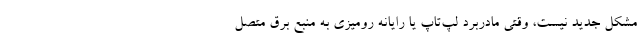
مشکل جدید نیست، وقتی مادربرد لپ‌تاپ یا رایانه رومیزی به منبع برق متصل